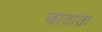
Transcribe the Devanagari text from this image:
जातातः